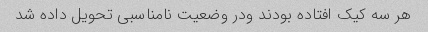
هر سه کیک افتاده بودند و‌در وضعیت نامناسبی تحویل داده شد